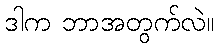
ဒါက ဘာအတွက်လဲ။